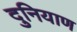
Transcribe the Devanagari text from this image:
दुनियाण